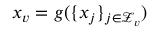
x _ { v } = g ( \{ x _ { j } \} _ { j \in \mathcal { Z } _ { v } } )